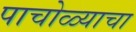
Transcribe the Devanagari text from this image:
पाचोळ्याचा